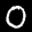
Label: 0